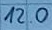
Text: 120